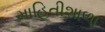
માહિતીશાળા